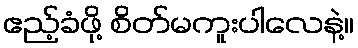
ဧည့်ခံဖို့ စိတ်မကူးပါလေနဲ့။